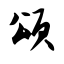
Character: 颂